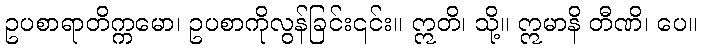
ဥပစာရာတိက္ကမော၊ ဥပစာကိုလွန်ခြင်း၎င်း။ ဣတိ၊ သို့။ ဣမာနိ တီဏိ၊ ပေ။